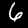
Label: 6